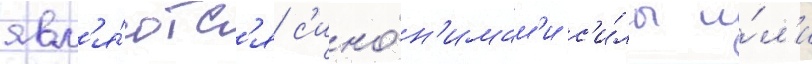
явл'я́ютс'я с'ино́н'имам'и с'и́лы и́л'и